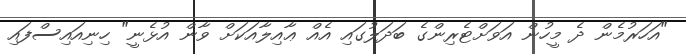
"އަހަރުމެން ދެ މީހުން އަވަށްޓެރިންގެ ބަދަލުގައި އެއް ޢާއިލާއަކަށް ވާން އުޅެނީ" ހިނިއައިސްފައި